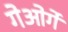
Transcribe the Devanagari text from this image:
गेओर्गे